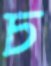
চ